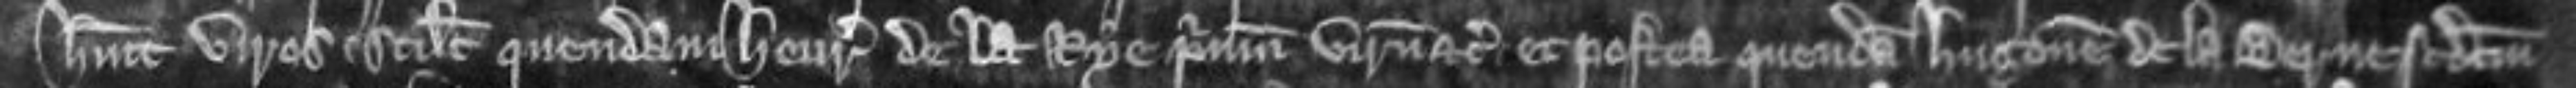
habuit viros scilicet quendam Henricum de la Rye primum virum etc et postea quendam Hugonem de la Berne secundum